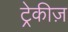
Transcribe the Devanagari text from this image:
ट्रेकीज़